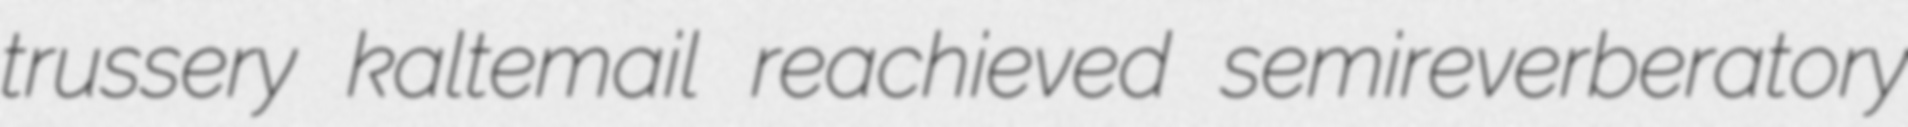
trussery kaltemail reachieved semireverberatory